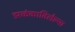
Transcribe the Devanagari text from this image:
झळंकाविलेल्या